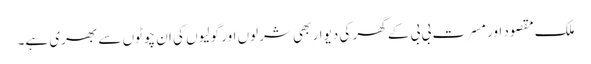
ملک مقصود اور مسرت بی بی کے گھر کی دیوار بھی شرلوں اور گولیوں کی ان چوٹوں سے بھری ہے۔